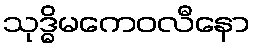
သုဒ္ဓိမကေဝလီနော